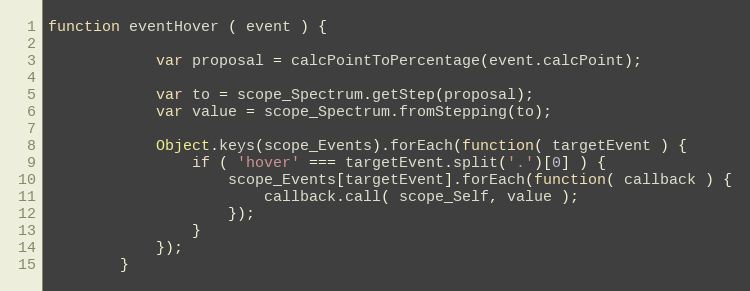
Language: JavaScript
function eventHover ( event ) {

            var proposal = calcPointToPercentage(event.calcPoint);

            var to = scope_Spectrum.getStep(proposal);
            var value = scope_Spectrum.fromStepping(to);

            Object.keys(scope_Events).forEach(function( targetEvent ) {
                if ( 'hover' === targetEvent.split('.')[0] ) {
                    scope_Events[targetEvent].forEach(function( callback ) {
                        callback.call( scope_Self, value );
                    });
                }
            });
        }